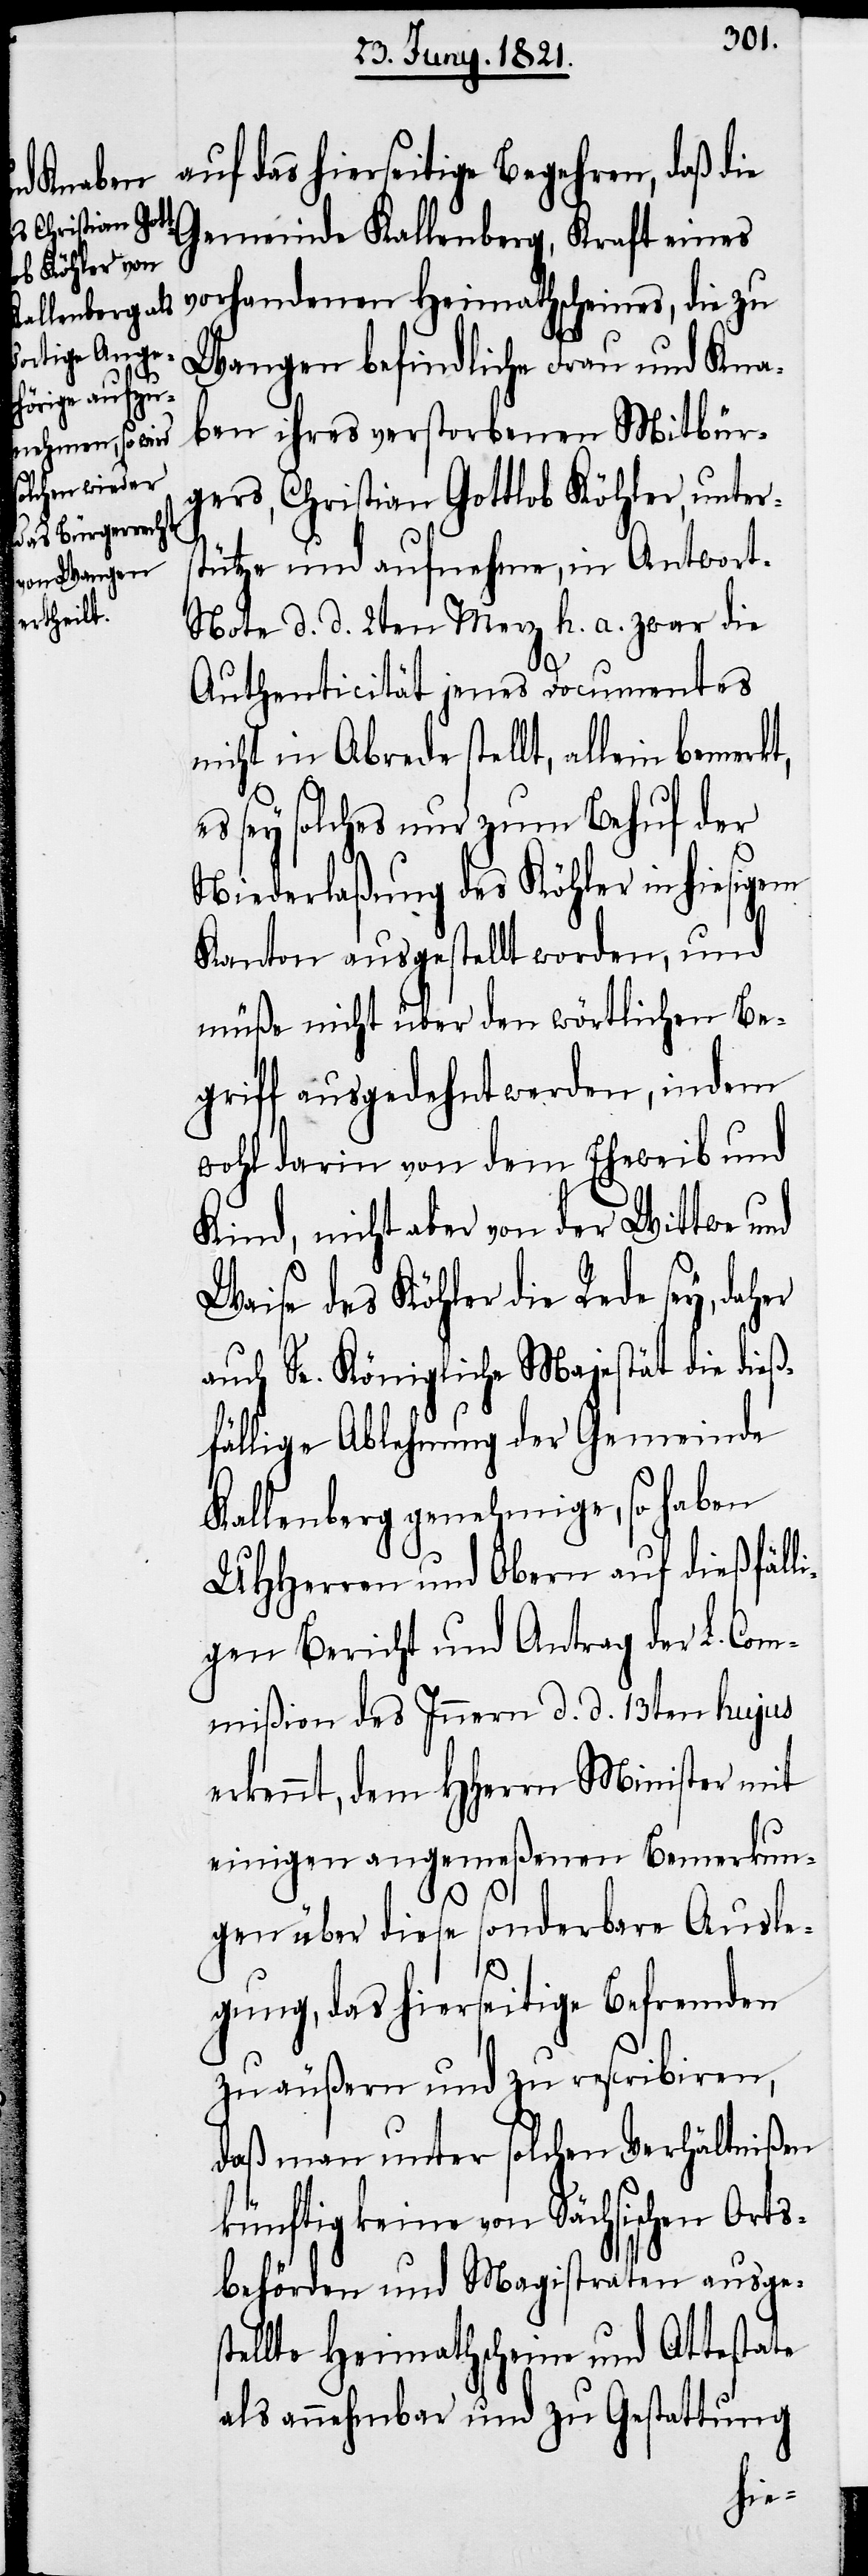
auf das hierseitige Begehren, daß die
Gemeinde Kallenberg, Kraft eines
vorhandenen Heimathscheines, die zu
Wangen befindliche Frau und Kna¬
ben ihres verstorbenen Mitbür¬
gers, Christian Gottlob Köhler, unter¬
stütze und aufnehme, in Antwor¬
t-Note d. d. 2ten Merz h. a. zwar die
Authenticität jenes Documentes
nicht in Abrede stellt, allein bemerkt,
es sey solches nur zum Behuf der
Niederlaßung des Köhler in hiesigem
Kanton ausgestellt worden, und
müße nicht über den wörtlichen Be¬
griff ausgedehnt werden, indem
wohl darin von dem Eheweib und
Kind, nicht aber von der Wittwe und
Waise des Kohler die Rede seye,
auch Se. Königliche Majestät die dieß¬
fällige Ablehnung der Gemeinde
Kallenberg genehmige, so haben
UHHerren und Obern auf dießfälli¬
gen Bericht und Antrag der L. Com¬
mißion des Innern d. d. 13. hujus
erkennt, dem HHerrn Minister mit
einigen angemeßenen Bemerkun¬
gen über diese sonderbare Ausle¬
gung, das hierseitige Befremden
zu äußern und zu rescribiren,
daß man unter solchen Verhältnißen
künftig keine von Sächsischen Orts¬
behörden und Magistraten ausges¬
tellte Heimathscheine und Attestate
als annehmbar und zu Gestattung